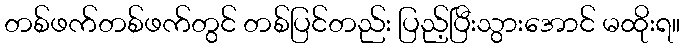
တစ်ဖက်တစ်ဖက်တွင် တစ်ပြင်တည်း ပြည့်ပြီးသွားအောင် မထိုးရ။